Punjab Mental Hospital Lahore 1922-31 - 1922-1931
Year: 1922
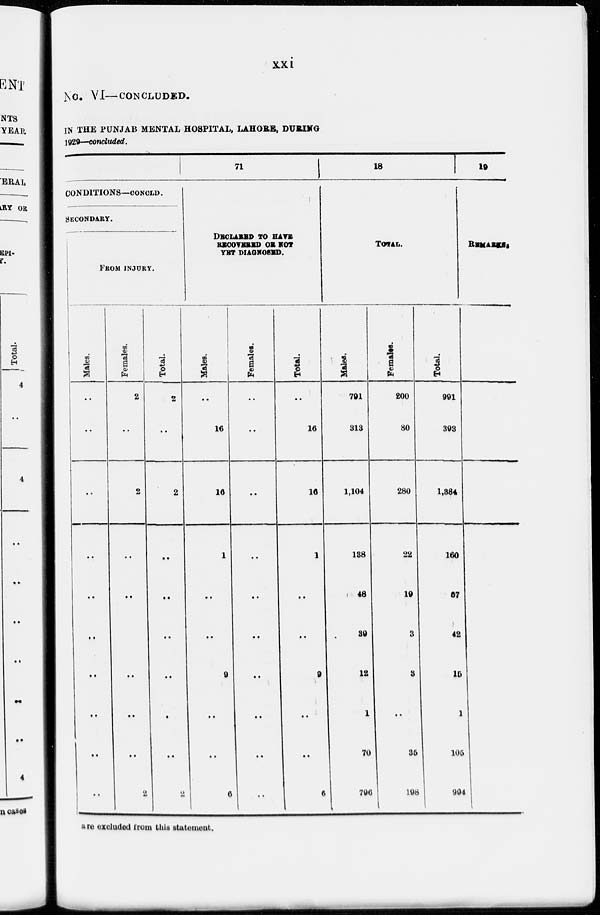
xxi
No. VI— CONCLUDED.
IN THE PUNJAB MENTAL HOSPITAL, LAHORE, DURING
l929—concluded.
CONDITIONS—CONCLD.
SECONDARY.
FROM INJURY.
Males.
..
..
..
..
..
..
..
..
..
..
Females.
2
..
2
..
..
..
..
..
2
Total.
2
..
2
..
..
..
..
..
..
2
17
DECLARED SO HAVE
RECOVERD OR NOT
YET DIAGNOSED.
Males.
..
16
16
1
..
..
9
..
..
6
Females.
..
..
..
..
..
..
..
..
..
..
Total.
..
16
16
1
..
..
9
..
...
6
18
TOTAL.
Males.
791
313
1,104
138
48
39
12
1
70
796
Females.
200
80
280
22
19
3
3
..
35
198
Total.
991
393
1,384
160
67
42
15
1
105
994
19
REMARKS.
are excluded from this statement.